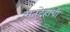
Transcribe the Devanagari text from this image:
मृतदेहांची